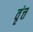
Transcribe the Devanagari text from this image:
वृंत्त